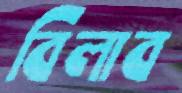
বিলাব